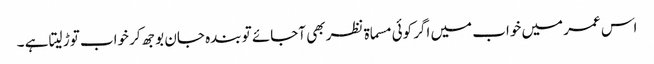
اس عمر میں خواب میں اگر کوئی مسماۃ نظر بھی آجائے تو بندہ جان بوجھ کر خواب توڑ لیتا ہے ۔